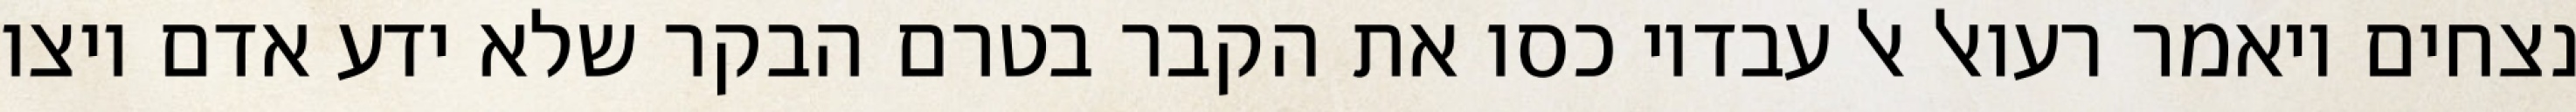
נצחים ויאמר רעואל אל עבדיו כסו את הקבר בטרם הבקר שלא ידע אדם ויצו